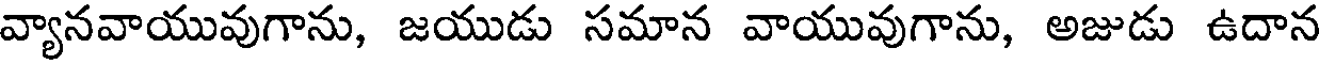
వ్యానవాయువుగాను, జయుడు సమాన వాయువుగాను, అజుడు ఉదాన